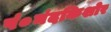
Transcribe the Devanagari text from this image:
पं०नंदकिशोर